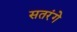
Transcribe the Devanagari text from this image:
सतरंगे